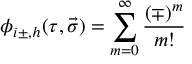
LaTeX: \phi _ { i \pm , h } ( \tau , \vec { \sigma } ) = \sum _ { m = 0 } ^ { \infty } \frac { ( \mp ) ^ { m } } { m ! }